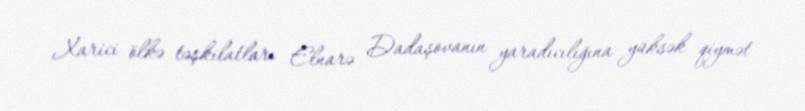
Xarici ölkə təşkilatları Elnarə Dadaşovanın yaradıcılığına yüksək qiymət